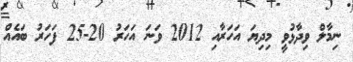
ނިމާލް ވިދާޅުވީ މިދިޔަ އަހަރާއި 2012 ވަނަ އަހަރު 20-25 ފަހަރު ބައެއް